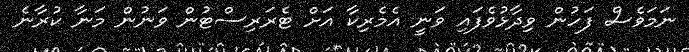
ނަމަވެސް ފަހުން ވިދާޅުވެފައި ވަނީ އެމެރިކާ އަށް ޓެރަރިސްޓުން ވަނުން މަނާ ކުރާނެ